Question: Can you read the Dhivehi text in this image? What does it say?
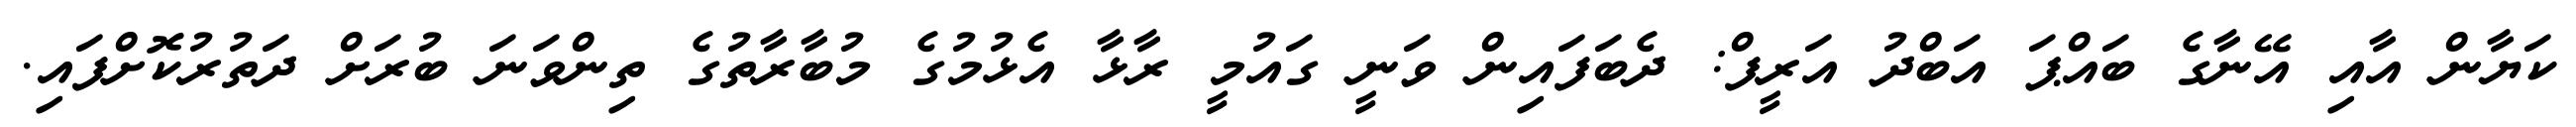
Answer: ކަޔާން އާއި އޭނާގެ ބައްޕަ އަބްދު އަރީފް: ދެބަފައިން ވަނީ ގައުމީ ރާޅާ އެޅުމުގެ މުބާރާތުގެ ތިންވަނަ ބުރަށް ދަތުރުކޮށްފައި.